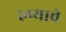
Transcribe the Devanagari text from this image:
रुप्याचे